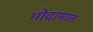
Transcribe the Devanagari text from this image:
गोदामात